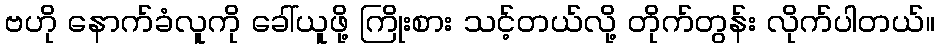
ဗဟို နောက်ခံလူကို ခေါ်ယူဖို့ ကြိုးစား သင့်တယ်လို့ တိုက်တွန်း လိုက်ပါတယ်။